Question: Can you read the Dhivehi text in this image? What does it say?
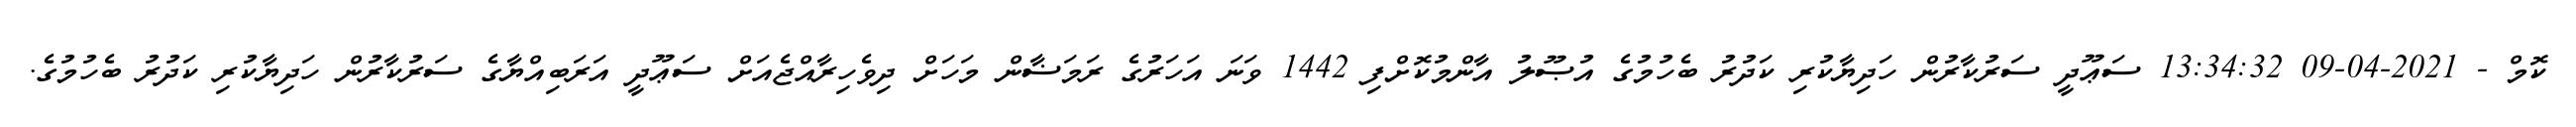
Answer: ކޮމް - 2021-04-09 13:34:32 ސަޢޫދީ ސަރުކާރުން ހަދިޔާކުރި ކަދުރު ބެހުމުގެ އުޞޫލު އާންމުކޮށްފި 1442 ވަނަ އަހަރުގެ ރަމަޟާން މަހަށް ދިވެހިރާއްޖެއަށް ސަޢޫދީ އަރަބިއްޔާގެ ސަރުކާރުން ހަދިޔާކުރި ކަދުރު ބެހުމުގެ.